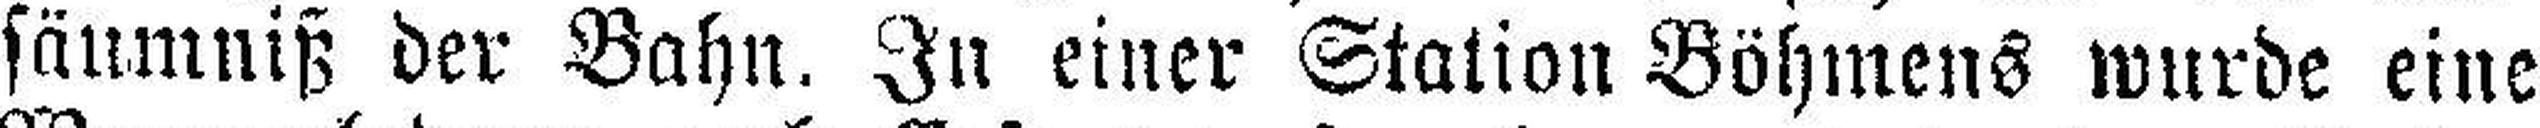
säumniß der Bahn. In einer Station Böhmens wurde eine